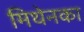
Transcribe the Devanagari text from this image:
मिथेनका